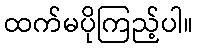
ထက်မပိုကြည့်ပါ။